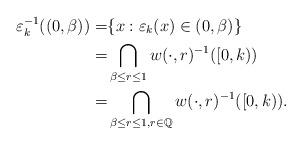
LaTeX: \begin{align*}\varepsilon_k^{-1}((0,\beta)) = & \{x: \varepsilon_{k}(x) \in (0,\beta)\} \\= & \bigcap_{\beta\leq r \leq 1} w(\cdot, r)^{-1}([0, k)) \\= & \bigcap_{\beta\leq r \leq 1, r\in \mathbb Q} w(\cdot, r)^{-1}([0, k)). \end{align*}